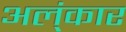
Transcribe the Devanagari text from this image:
अल्ंकार